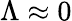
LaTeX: \Lambda\approx 0